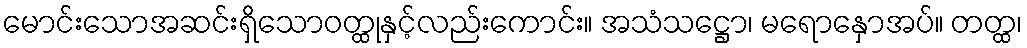
မောင်းသောအဆင်းရှိသောဝတ္ထုနှင့်လည်းကောင်း။ အသံသဋ္ဌော၊ မရောနှောအပ်။ တတ္ထ၊